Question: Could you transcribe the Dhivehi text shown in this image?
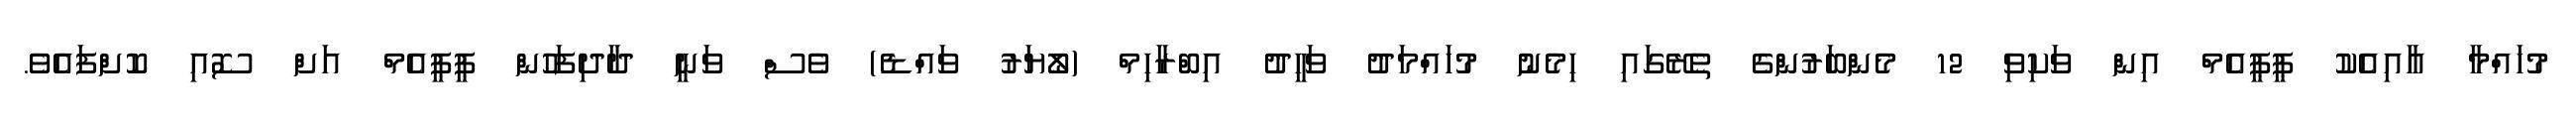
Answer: މުހައްމާ އާއިއެކު ޕީޕީއެމް އިން ވަކިވި 12 މެންބަރުންގެ ތެރޭގައި ހިމެނު މުހައްމަދު ވަހީދު އިބްރާހިމް (ލޯޔަރު ވައްޑެ) ވެސް ވަނީ ދާދިފަހުން ޕީޕީއެމް އަށް ސޮއި ކޮށްފައެވެ.